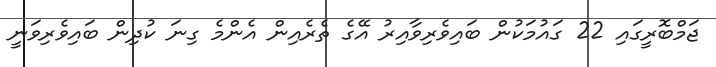
ޖަމްބޮރީގައި 22 ގައުމަކުން ބައިވެރިވާއިރު އޭގެ ތެރެއިން އެންމެ ގިނަ ކުދިން ބައިވެރިވަނީ